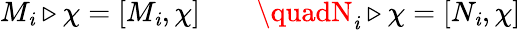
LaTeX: M_{\mathit{i}}\triangleright\chi=[M_{\mathit{i}},\chi]\qquad\quadN_{\mathit{i}}\triangleright\chi=[N_{\mathit{i}},\chi]